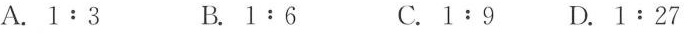
A. 1:3 B. 1:6 C. 1:9 D. 1:27